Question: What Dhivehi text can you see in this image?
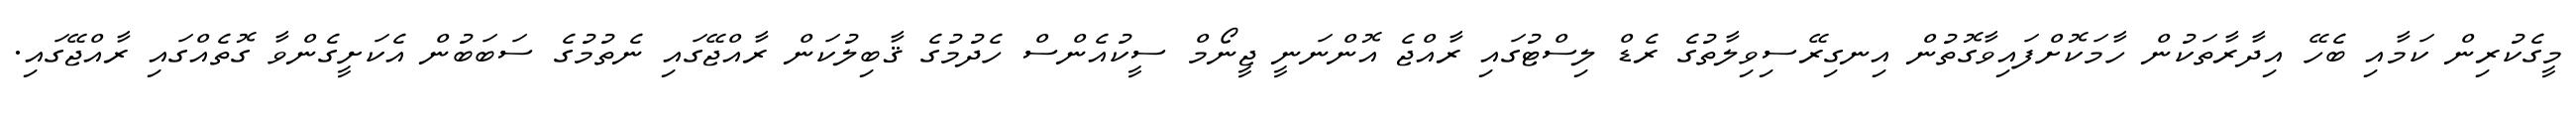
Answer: މީގެކުރިން ކަމާއި ބެހޭ އިދާރާތަކުން ހާމަކޮށްފައިވާގޮތުން އިނގިރޭސިވިލާތުގެ ރެޑް ލިސްޓުގައި ރާއްޖެ އޮންނަނީ ޖީނޯމް ސީކުއެންސް ހެދުމުގެ ޤާބިލުކަން ރާއްޖޭގައި ނެތުމުގެ ސަބަބުން އެކަށީގެންވާ ގޮތެއްގައި ރާއްޖޭގައި.